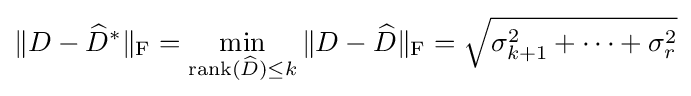
\|D-{\widehat {D}}^{*}\|_{\text{F}}=\min _{\operatorname {rank} ({\widehat {D}})\leq k}\|D-{\widehat {D}}\|_{\text{F}}={\sqrt {\sigma _{k+1}^{2}+\cdots +\sigma _{r}^{2}}}